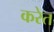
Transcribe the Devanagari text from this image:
करेत